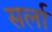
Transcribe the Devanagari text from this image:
सर्ला